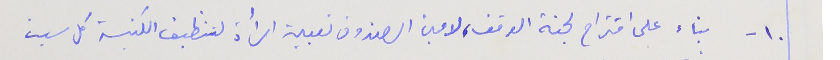
١٠ - بناء على اقتراح لجنة الوقف، لامين الصندوف تعبين امرأة لتنظيف الكنيسة كل سبت